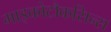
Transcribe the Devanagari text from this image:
माइकोटौकसिन्स